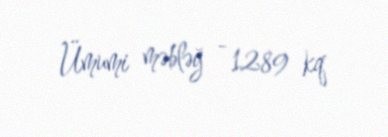
Ümumi məbləğ - 1289 kq